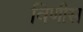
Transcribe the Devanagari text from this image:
विणीस